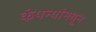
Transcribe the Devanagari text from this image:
कंपन्यांमधून